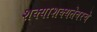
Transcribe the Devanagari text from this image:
शक्याशक्यतेवरचे